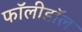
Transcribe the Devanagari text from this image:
फॉलीडॉल